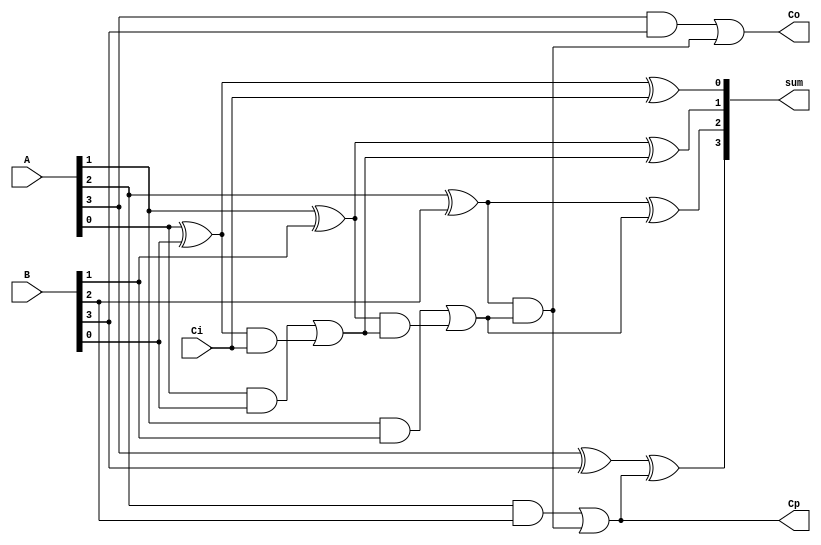
module CLA4(
	input [3:0] A, B,
	input Ci,
	output [3:0] sum,
	output Co, Cp);
	    
	wire [3:0] B, carry, P, G, temp;

	and (G[0],A[0],B[0]);
	and (G[1],A[1],B[1]);
	and (G[2],A[2],B[2]);
	and (G[3],A[3],B[3]);

	xor (P[0],A[0],B[0]);
	xor (P[1],A[1],B[1]);
	xor (P[2],A[2],B[2]);
	xor (P[3],A[3],B[3]);

	buf (carry[0],Ci);
	
	and (temp[0],P[0],carry[0]); 
	or (carry[1],G[0],temp[0]);
	and (temp[1],P[1],carry[1]);
	or (carry[2],G[1],temp[1]);
	and (temp[2],P[2],carry[2]);
	or (carry[3],G[2],temp[2]);
	and (temp[3],P[2],carry[2]);
    or (Co,G[3],temp[3]);

	buf (Cp, carry[3]);
	
	xor (sum[0],P[0],carry[0]);
	xor (sum[1],P[1],carry[1]);
	xor (sum[2],P[2],carry[2]);
	xor (sum[3],P[3],carry[3]);
endmodule